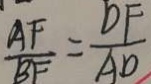
\frac { A F } { B F } = \frac { D F } { A D }